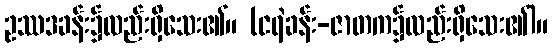
ဥဿဒခန်း၌လည်းရှိသေး၏။ (ငရဲခန်း-ဇာတက၌လည်းရှိသေး၏)။